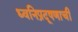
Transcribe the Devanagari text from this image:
ध्वनिप्रदूषणाची